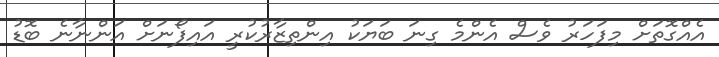
އެއްގޮތަށް މިފަހަރު ވެސް އެންމެ ގިނަ ބަޔަކު އިންތިޒާރުކުރީ އައިފޯނަށް އަންނާނެ ބޮޑު